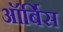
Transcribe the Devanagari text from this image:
ऑर्बिस